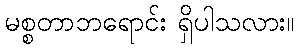
မစ္စတာဘရောင်း ရှိပါသလား။